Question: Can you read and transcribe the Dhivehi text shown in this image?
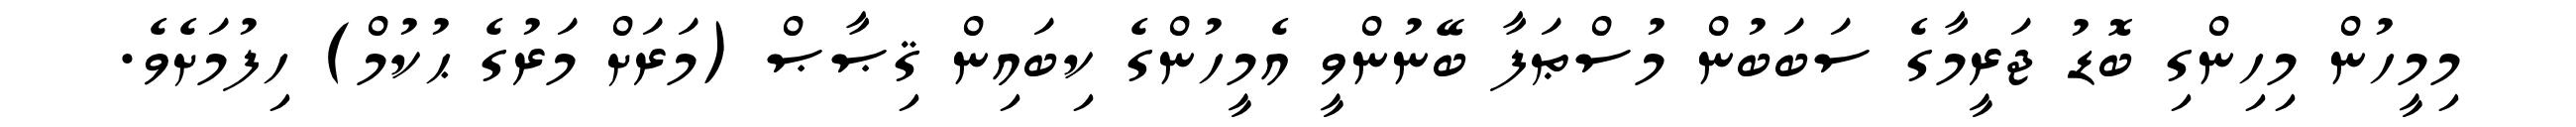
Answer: މިމީހުން މިހިންގި ބޮޑު ޖަރީމާގެ ސަބަބުން މުސްޠަފާ ބޭނުންވީ އެމީހުންގެ ކިބައިން ޤިޞާޞް (މަރަށް މަރުގެ ޙުކުމް) ހިފުމަށެވެ.